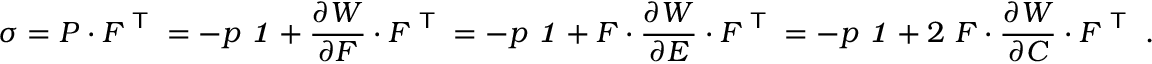
{ \boldsymbol { \sigma } } = { \boldsymbol { P } } \cdot { \boldsymbol { F } } ^ { \textsf { T } } = - p ~ { \boldsymbol { \mathit { 1 } } } + { \frac { \partial W } { \partial { \boldsymbol { F } } } } \cdot { \boldsymbol { F } } ^ { \textsf { T } } = - p ~ { \boldsymbol { \mathit { 1 } } } + { \boldsymbol { F } } \cdot { \frac { \partial W } { \partial { \boldsymbol { E } } } } \cdot { \boldsymbol { F } } ^ { \textsf { T } } = - p ~ { \boldsymbol { \mathit { 1 } } } + 2 ~ { \boldsymbol { F } } \cdot { \frac { \partial W } { \partial { \boldsymbol { C } } } } \cdot { \boldsymbol { F } } ^ { \textsf { T } } ~ .